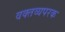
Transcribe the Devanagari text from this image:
वक्तव्यपरक